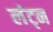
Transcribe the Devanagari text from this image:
लंट्न